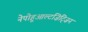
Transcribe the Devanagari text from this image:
नेपोहुआल्टज़िट्ज़िन